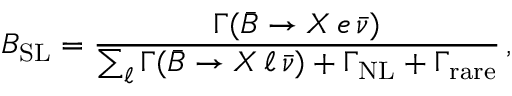
B _ { \mathrm { S L } } = { \frac { \Gamma ( \bar { B } \to X \, e \, \bar { \nu } ) } { \sum _ { \ell } \Gamma ( \bar { B } \to X \, \ell \, \bar { \nu } ) + \Gamma _ { \mathrm { N L } } + \Gamma _ { \mathrm { r a r e } } } } \, ,